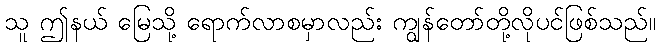
သူ ဤနယ် မြေသို့ ရောက်လာစမှာလည်း ကျွန်တော်တို့လိုပင်ဖြစ်သည်။